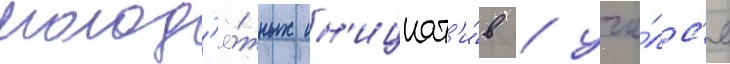
молод'ё́жных ин'ициат'и́в / учи́лс'я